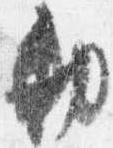
勅